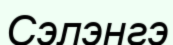
Сэлэнгэ